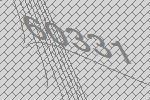
60331